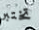
تختبر